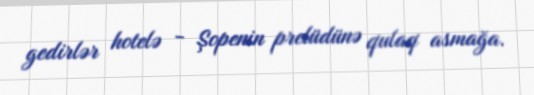
gedirlər hotelə - Şopenin prelüdünə qulaq asmağa.